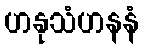
ဟနုသံဟနနံ